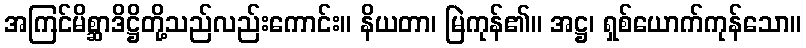
အကြင်မိစ္ဆာဒိဋ္ဌိတို့သည်လည်းကောင်း။ နိယတာ၊ မြဲကုန်၏။ အဋ္ဌ၊ ရှစ်ယောက်ကုန်သော။